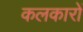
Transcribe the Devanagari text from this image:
कलकारों